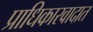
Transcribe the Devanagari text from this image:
प्राधिकारवादात